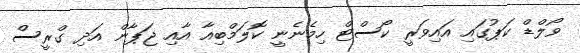
ވޯލްޑް ކަޕުގައި އައިވަރީ ކޯސްޓް ހިމެނެނީ ކޮލަމްބިއާ އާއި ޖަޕާން އަދި ގްރީސް